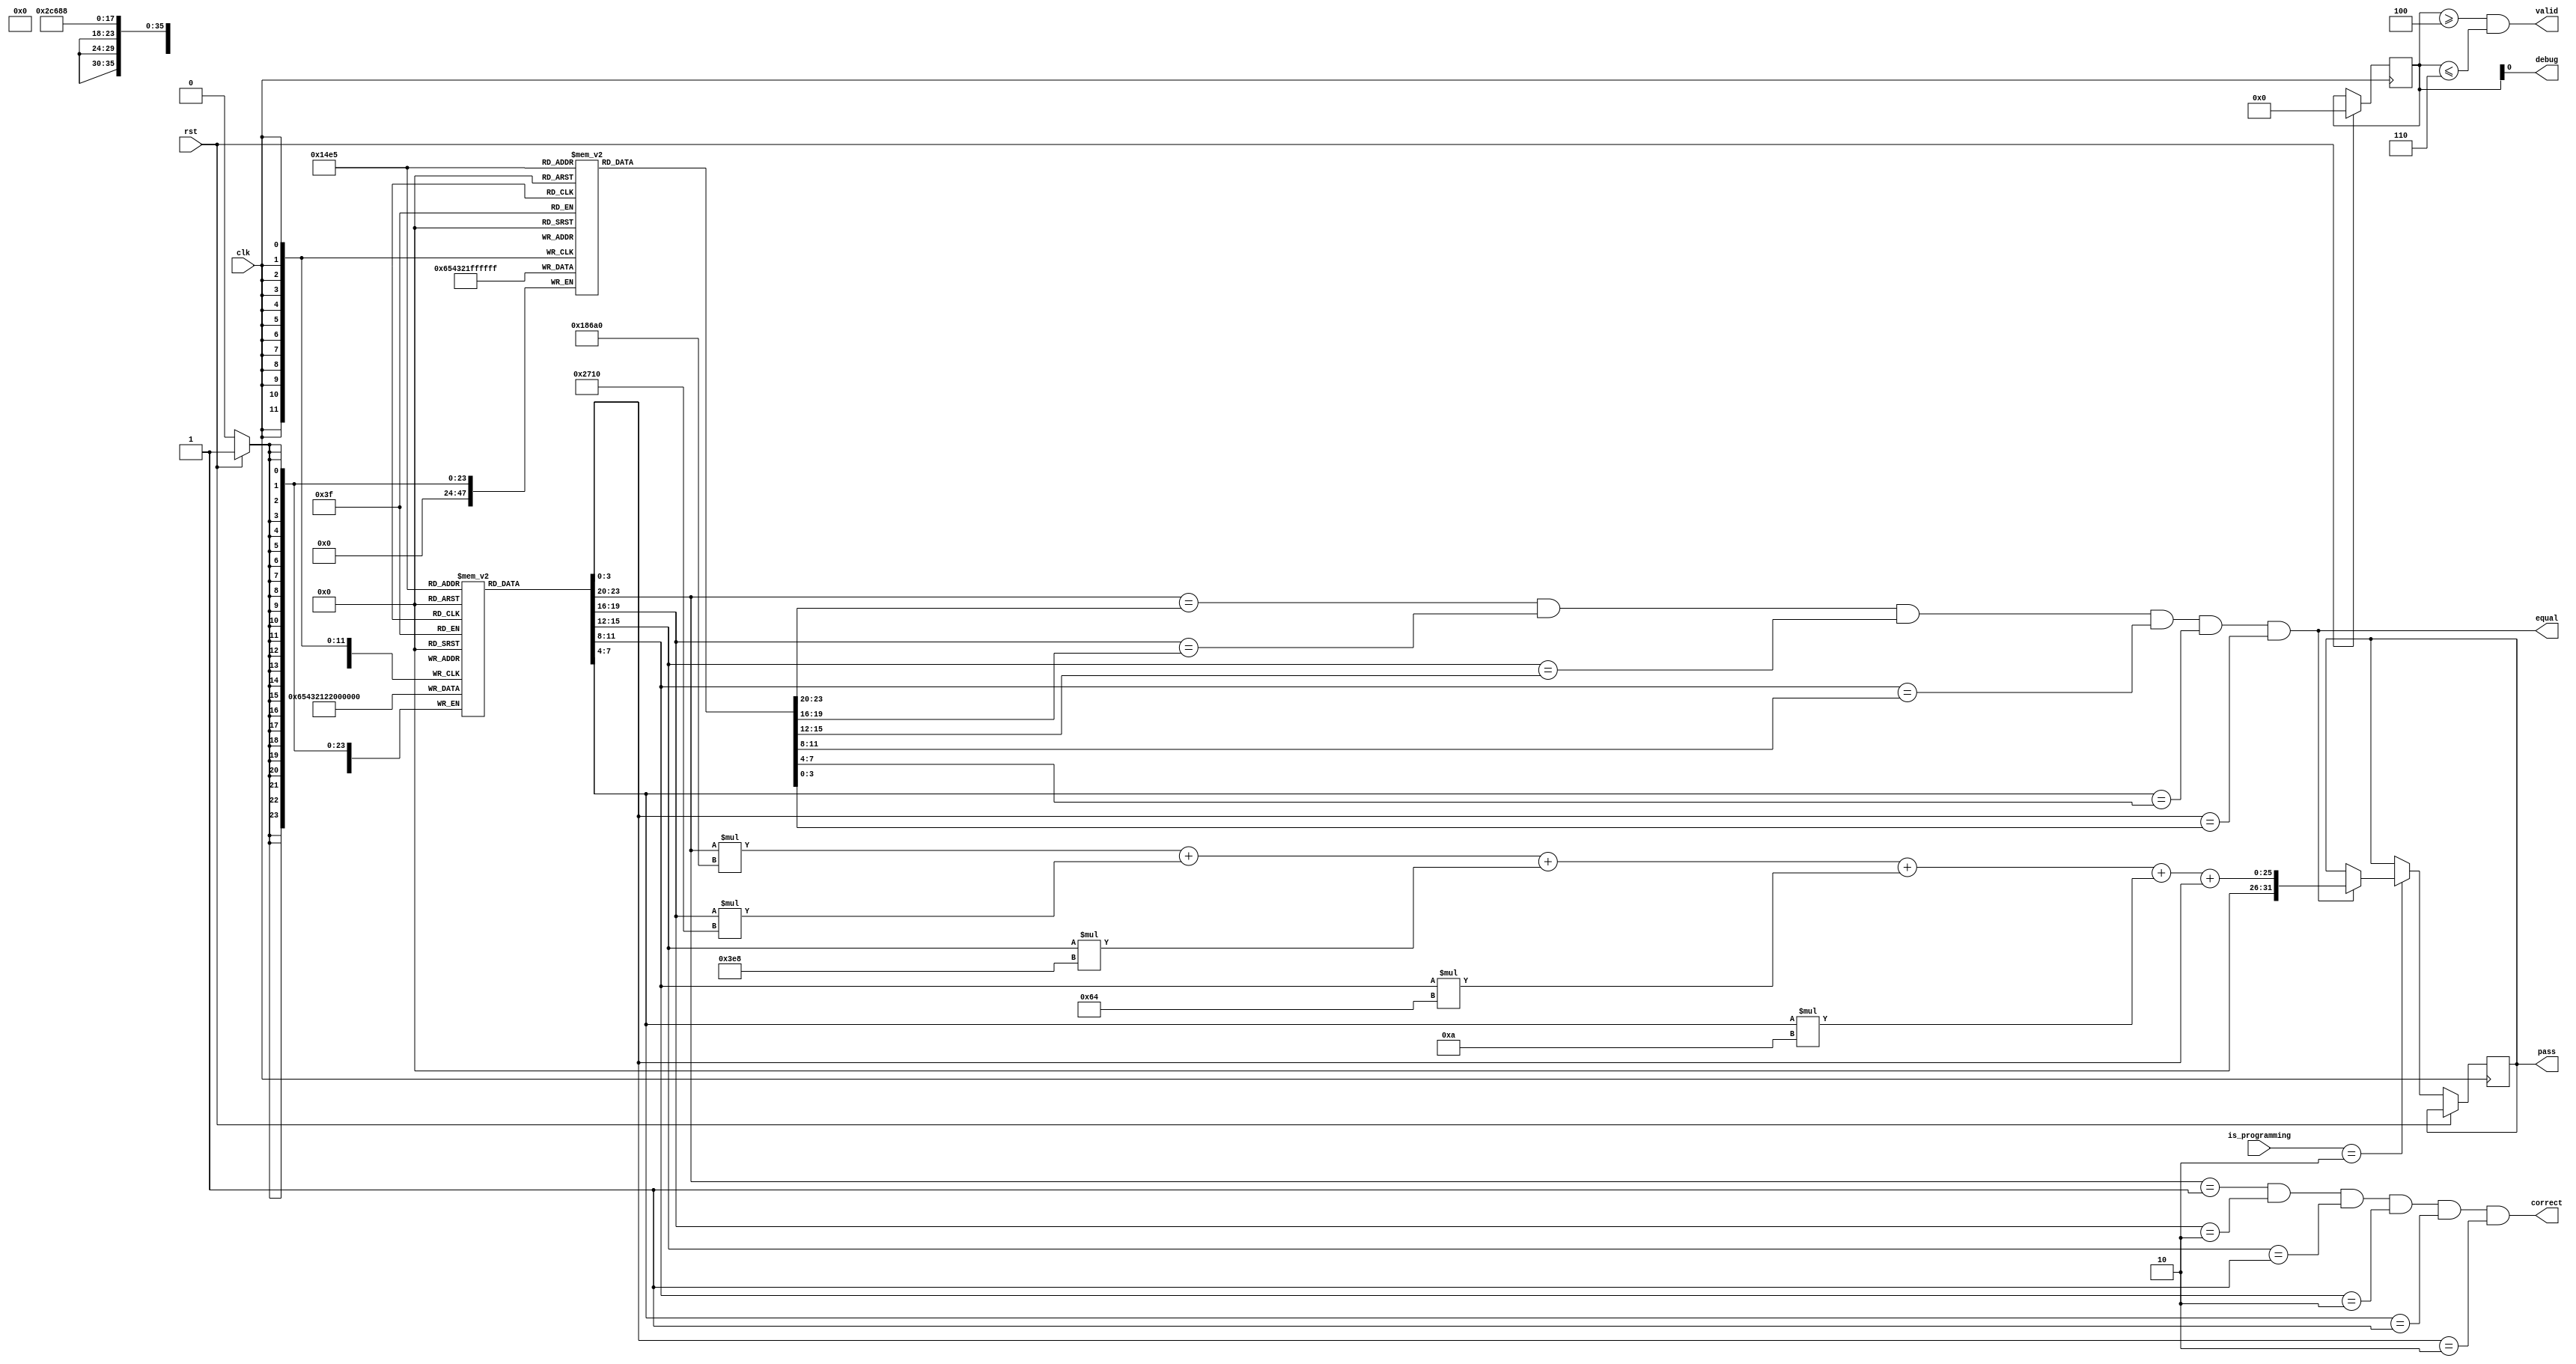
module pass_input #(parameter PC = 121212, WIDTH = 4, SIZE = 6) (
  input rst,
  input clk,
  input [1:0] is_programming,
  output correct,
  output valid,
  output equal,
  output reg [31:0] pass,
  output debug
);

parameter PROGRAM_CODE   = 2'b00;
parameter USER_CODE_VALID  = 2'b01;
parameter USER_CODE_EQUAL = 2'b10;

reg [WIDTH - 1:0] inp_code  [0:SIZE - 1];
reg [WIDTH - 1:0] inp_code2 [0:SIZE - 1];
reg [WIDTH - 1:0] i;

assign correct = (inp_code[0] == PC / 100000 % 10) &&
                 (inp_code[1] == PC / 10000  % 10) &&
                 (inp_code[2] == PC / 1000   % 10) &&
                 (inp_code[3] == PC / 100    % 10) &&
                 (inp_code[4] == PC / 10     % 10) &&
                 (inp_code[5] == PC          % 10);

assign valid = i >= 4 && i <= 6;

wire debug = i[0];

assign equal =  (inp_code[0] == inp_code2[0]) &&
                (inp_code[1] == inp_code2[1]) &&
                (inp_code[2] == inp_code2[2]) &&
                (inp_code[3] == inp_code2[3]) &&
                (inp_code[4] == inp_code2[4]) &&
                (inp_code[5] == inp_code2[5]);  

always @ (posedge clk) begin
  if (rst) begin
    i <= 0;
    inp_code[0]  <= 4'hf;
    inp_code[1]  <= 4'hf;
    inp_code[2]  <= 4'hf;
    inp_code[3]  <= 4'hf;
    inp_code[4]  <= 4'hf;
    inp_code[5]  <= 4'hf;
    inp_code2[0] <= 4'hf;
    inp_code2[1] <= 4'hf;
    inp_code2[2] <= 4'hf;
    inp_code2[3] <= 4'hf;
    inp_code2[4] <= 4'hf;
    inp_code2[5] <= 4'hf;
  end else begin
    case (is_programming)
      PROGRAM_CODE: begin
        if (btns[0]) begin
          inp_code[i] <= 4'd1;
          i <= i + 1;
        end else if (btns[1]) begin
          inp_code[i] <= 4'd2;
          i <= i + 1;
        end else if (btns[2] || btns[3] || btns[4] || btns[5])
          i <= i + 1;
      end
      USER_CODE_VALID: begin
        if (btns[0]) begin
          inp_code[i] <= 4'd1;
          i <= i + 1;
        end else if (btns[1]) begin
          inp_code[i] <= 4'd2;
          i <= i + 1;
        end else if (btns[2]) begin
          inp_code[i] <= 4'd3;
          i <= i + 1;
        end else if (btns[3]) begin
          inp_code[i] <= 4'd4;
          i <= i + 1;
        end else if (btns[4]) begin
          inp_code[i] <= 4'd5;
          i <= i + 1;
        end else if (btns[5]) begin
          inp_code[i] <= 4'd6;
          i <= i + 1;
        end
      end
      USER_CODE_EQUAL: begin
        if (btns[0]) begin
          inp_code2[i] <= 4'd1;
          i <= i + 1;
        end else if (btns[1]) begin
          inp_code2[i] <= 4'd2;
          i <= i + 1;
        end else if (btns[2]) begin
          inp_code2[i] <= 4'd3;
          i <= i + 1;
        end else if (btns[3]) begin
          inp_code2[i] <= 4'd4;
          i <= i + 1;
        end else if (btns[4]) begin
          inp_code2[i] <= 4'd5;
          i <= i + 1;
        end else if (btns[5]) begin
          inp_code2[i] <= 4'd6;
          i <= i + 1;
        end

        if (equal) begin
          pass <= inp_code[0] * 100000 +
                  inp_code[1] * 10000  +
                  inp_code[2] * 1000   +
                  inp_code[3] * 100    + 
                  inp_code[4] * 10     +
                  inp_code[5];
        end
      end
    endcase
  end
end

endmodule